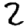
Digit: 2